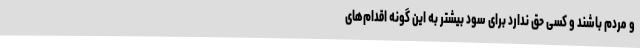
و مردم باشند و کسی حق ندارد برای سود بیشتر به این گونه اقدام‌های